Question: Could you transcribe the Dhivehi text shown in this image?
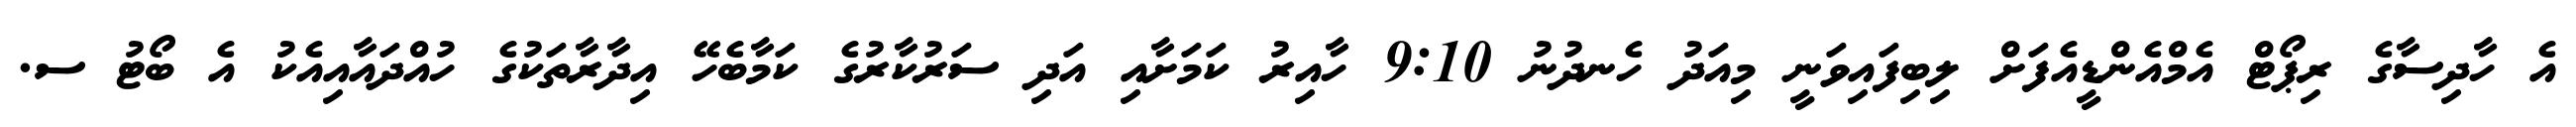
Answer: އެ ހާދިސާގެ ރިޕޯޓް އެމްއެންޑީއެފަށް ލިބިފައިވަނީ މިއަދު ހެނދުނު 9:10 ހާއިރު ކަމަށާއި އަދި ސަރުކާރުގެ ކަމާބެހޭ އިދާރާތަކުގެ ހުއްދައާއިއެކު އެ ބޯޓު ސ.